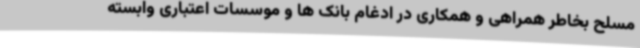
مسلح بخاطر همراهی و همکاری در ادغام بانک ها و موسسات اعتباری وابسته